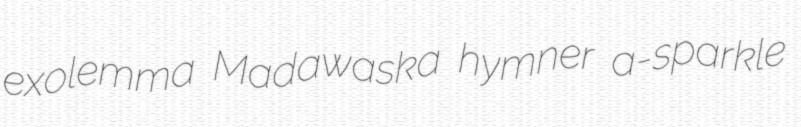
exolemma Madawaska hymner a-sparkle